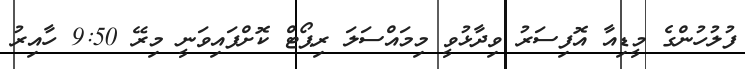
ފުލުހުންގެ މީޑިއާ އޮފިސަރު ވިދާޅުވީ މިމައްސަލަ ރިޕޯޓް ކޮށްފައިވަނީ މިރޭ 9:50 ހާއިރު